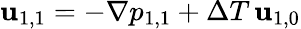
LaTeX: \mathbf{u}_{1,1}=-\nabla p_{1,1}+\Delta T\, \mathbf{u}_{1,0}